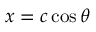
x = c \cos \theta